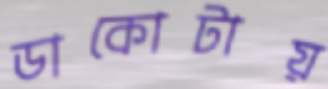
ডাকোটায়